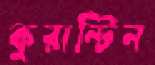
কুরান্টিন